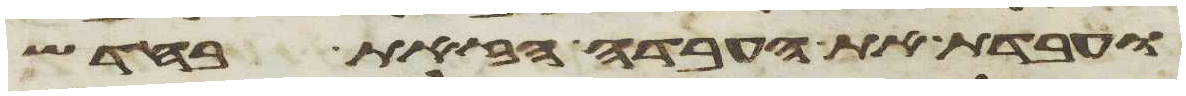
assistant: ועבדת את העבדה הזאת בחדש